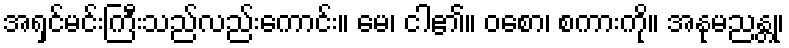
အရှင်မင်းကြီးသည်လည်းကောင်း။ မေ၊ ငါ၏။ ဝစော၊ စကားကို။ အနုမညန္တု၊